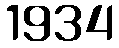
1934